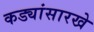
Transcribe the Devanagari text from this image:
कड्यांसारखे